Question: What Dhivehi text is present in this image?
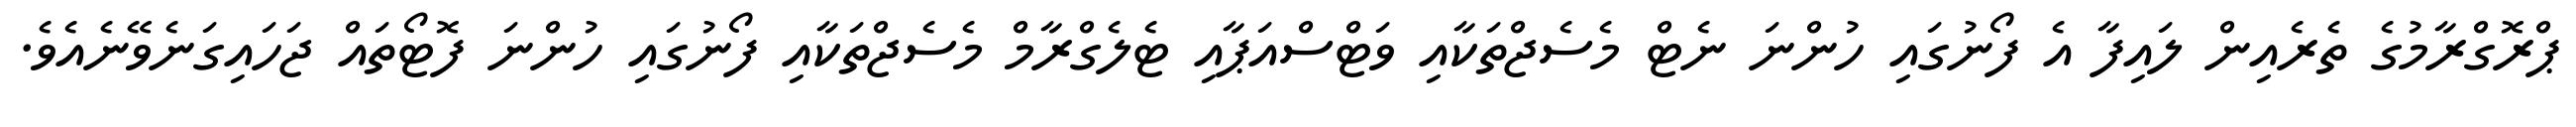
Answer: ޕްރޮގްރާމުގެ ތެރެއިން ލައިފާ އެ ފޯނުގައި ހުންނަ ނެޓް މެސެޖްތަކާއި ވަޓްސްއަޕާއި ޓެލެގްރާމް މެސެޖްތަކާއި ފޯނުގައި ހުންނަ ފޮޓޯތައް ޖަހައިގަނެވޭނެއެވެ.